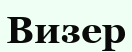
Визер